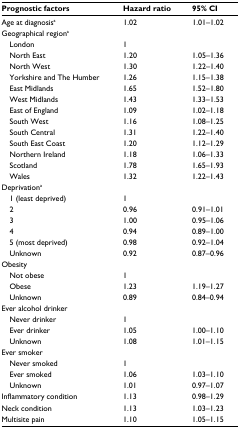
<table><thead><tr><td><b>Prognostic factors</b></td><td><b>Hazard ratio</b></td><td><b>95% CI</b></td></tr></thead><tbody><tr><td>Age at diagnosisa</td><td>1.02</td><td>1.01–1.02</td></tr><tr><td>Geographical regiona</td><td></td><td></td></tr><tr><td> London</td><td>1</td><td></td></tr><tr><td> North East</td><td>1.20</td><td>1.05–1.36</td></tr><tr><td> North West</td><td>1.30</td><td>1.22–1.40</td></tr><tr><td> Yorkshire and The Humber</td><td>1.26</td><td>1.15–1.38</td></tr><tr><td> East Midlands</td><td>1.65</td><td>1.52–1.80</td></tr><tr><td> West Midlands</td><td>1.43</td><td>1.33–1.53</td></tr><tr><td> East of England</td><td>1.09</td><td>1.02–1.18</td></tr><tr><td> South West</td><td>1.16</td><td>1.08–1.25</td></tr><tr><td> South Central</td><td>1.31</td><td>1.22–1.40</td></tr><tr><td> South East Coast</td><td>1.20</td><td>1.12–1.29</td></tr><tr><td> Northern Ireland</td><td>1.18</td><td>1.06–1.33</td></tr><tr><td> Scotland</td><td>1.78</td><td>1.65–1.93</td></tr><tr><td> Wales</td><td>1.32</td><td>1.22–1.43</td></tr><tr><td>Deprivationa</td><td></td><td></td></tr><tr><td> 1 (least deprived)</td><td>1</td><td></td></tr><tr><td> 2</td><td>0.96</td><td>0.91–1.01</td></tr><tr><td> 3</td><td>1.00</td><td>0.95–1.06</td></tr><tr><td> 4</td><td>0.94</td><td>0.89–1.00</td></tr><tr><td> 5 (most deprived)</td><td>0.98</td><td>0.92–1.04</td></tr><tr><td> Unknown</td><td>0.92</td><td>0.87–0.96</td></tr><tr><td>Obesity</td><td></td><td></td></tr><tr><td> Not obese</td><td>1</td><td></td></tr><tr><td> Obese</td><td>1.23</td><td>1.19–1.27</td></tr><tr><td> Unknown</td><td>0.89</td><td>0.84–0.94</td></tr><tr><td>Ever alcohol drinker</td><td></td><td></td></tr><tr><td> Never drinker</td><td>1</td><td></td></tr><tr><td> Ever drinker</td><td>1.05</td><td>1.00–1.10</td></tr><tr><td> Unknown</td><td>1.08</td><td>1.01–1.15</td></tr><tr><td>Ever smoker</td><td></td><td></td></tr><tr><td> Never smoked</td><td>1</td><td></td></tr><tr><td> Ever smoked</td><td>1.06</td><td>1.03–1.10</td></tr><tr><td> Unknown</td><td>1.01</td><td>0.97–1.07</td></tr><tr><td>Inflammatory condition</td><td>1.13</td><td>0.98–1.29</td></tr><tr><td>Neck condition</td><td>1.13</td><td>1.03–1.23</td></tr><tr><td>Multisite pain</td><td>1.10</td><td>1.05–1.15</td></tr></tbody></table>